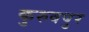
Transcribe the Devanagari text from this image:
कुरुवपुर